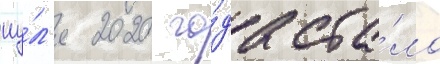
иу́л'я 2020 го́да ста́ло